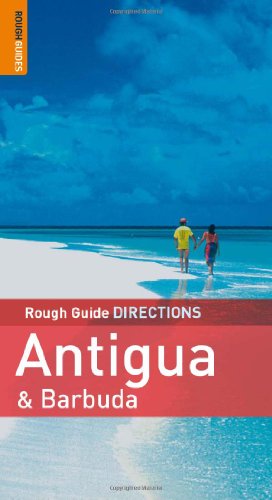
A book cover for Rough Guide Directions Antigua and Barbuda; Adam Vaitilingam; Travel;